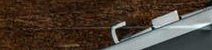
سوبرماركت الأمل